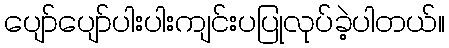
ပျော်ပျော်ပါးပါးကျင်းပပြုလုပ်ခဲ့ပါတယ်။